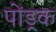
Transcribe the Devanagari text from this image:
पोंड्रक